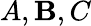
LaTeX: A,\mathbf{B},C